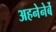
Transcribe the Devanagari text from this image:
अहनेनेर्बे